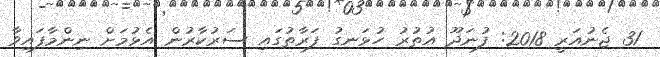
31 ޖެނުއަރީ 2018: ފުނަދޫ އުތުރު ހުޅަނގު ފަރާތުގައި ސަރުކާރުން އެޅުމަށް ނިންމާފައިވާ